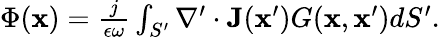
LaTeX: \begin{array}{r}{\Phi(\mathbf{x})=\frac{j}{\epsilon\omega}\int_{S^{\prime}}\nabla^{\prime}\cdot\mathbf{J}(\mathbf{x}^{\prime})G(\mathbf{x},\mathbf{x}^{\prime})dS^{\prime}.}\end{array}